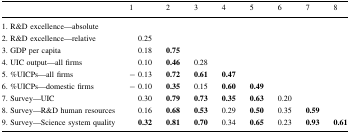
|  | 1 | 2 | 3 | 4 | 5 | 6 | 7 | 8 |
 | --- | --- | --- | --- | --- | --- | --- | --- | --- |
 | 1. R&D excellence—absolute |  |  |  |  |  |  |  |  |
 | 2. R&D excellence—relative | 0.25 |  |  |  |  |  |  |  |
 | 3. GDP per capita | 0.18 | 0.75 |  |  |  |  |  |  |
 | 4. UIC output—all firms | 0.10 | 0.46 | 0.28 |  |  |  |  |  |
 | 5. %UICPs—all firms | − 0.13 | 0.72 | 0.61 | 0.47 |  |  |  |  |
 | 6. %UICPs—domestic firms | − 0.10 | 0.35 | 0.15 | 0.60 | 0.49 |  |  |  |
 | 7. Survey—UIC | 0.30 | 0.79 | 0.73 | 0.35 | 0.63 | 0.20 |  |  |
 | 8. Survey—R&D human resources | 0.16 | 0.68 | 0.53 | 0.29 | 0.50 | 0.35 | 0.59 |  |
 | 9. Survey—Science system quality | 0.32 | 0.81 | 0.70 | 0.34 | 0.65 | 0.23 | 0.93 | 0.61 |